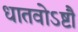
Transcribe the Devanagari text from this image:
धातवोऽष्टौ